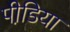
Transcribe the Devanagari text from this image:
पीडि़या